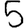
Digit: 5